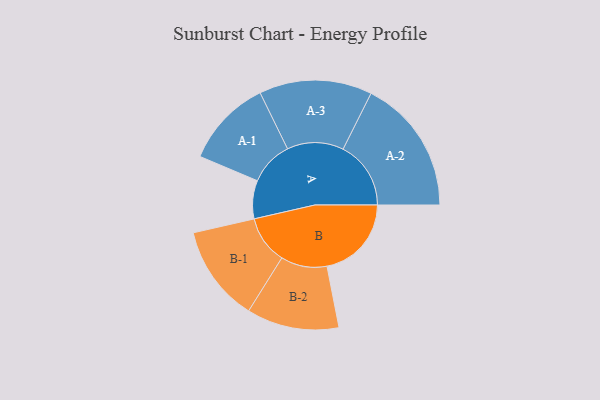
{"axis": {"x": "Segment", "y": "Value"}, "legend": ["", "A", "B"], "data": [{"x": "A", "y": 168, "type": ""}, {"x": "B", "y": 371, "type": ""}, {"x": "A-1", "y": 193, "type": "A"}, {"x": "A-2", "y": 298, "type": "A"}, {"x": "A-3", "y": 248, "type": "A"}, {"x": "B-1", "y": 212, "type": "B"}, {"x": "B-2", "y": 203, "type": "B"}]}